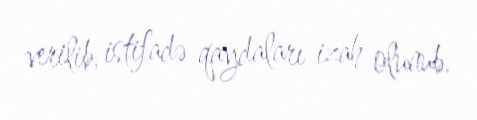
verilib, istifadə qaydaları izah olunub.